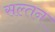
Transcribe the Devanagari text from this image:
सल्तन